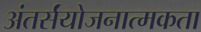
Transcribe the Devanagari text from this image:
अंतर्संयोजनात्मकता